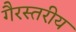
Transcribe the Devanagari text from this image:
गैरस्‍तरीय